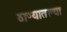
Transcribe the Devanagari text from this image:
ठाण्यातल्या